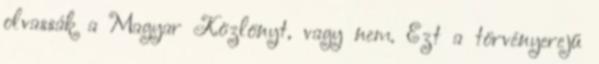
olvassák a Magyar Közlönyt, vagy nem. Ezt a törvényerejű